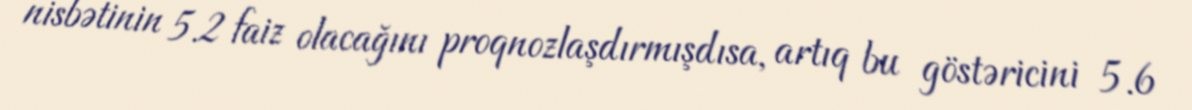
nisbətinin 5.2 faiz olacağını proqnozlaşdırmışdısa, artıq bu göstəricini 5.6